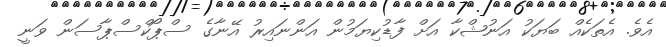
އެވެ. އެތަކެއް ބަޔަކު އަނުޝްކާ އަށް ފާޑުކިޔަމުން އަންނައިރު އޭނާގެ ސްޕޯކްސްޕާސަން ވަނީ